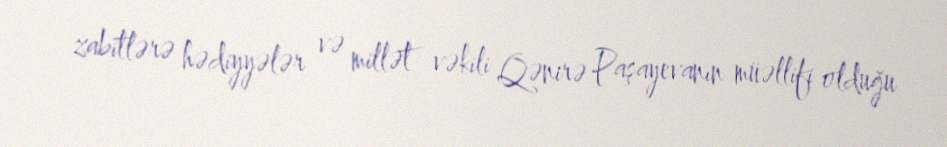
zabitlərə hədiyyələr və millət vəkili Qənirə Paşayevanın müəllifi olduğu